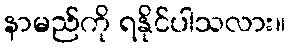
နာမည်ကို ရနိုင်ပါသလား။